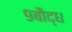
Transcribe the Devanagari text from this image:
९बौद्ध